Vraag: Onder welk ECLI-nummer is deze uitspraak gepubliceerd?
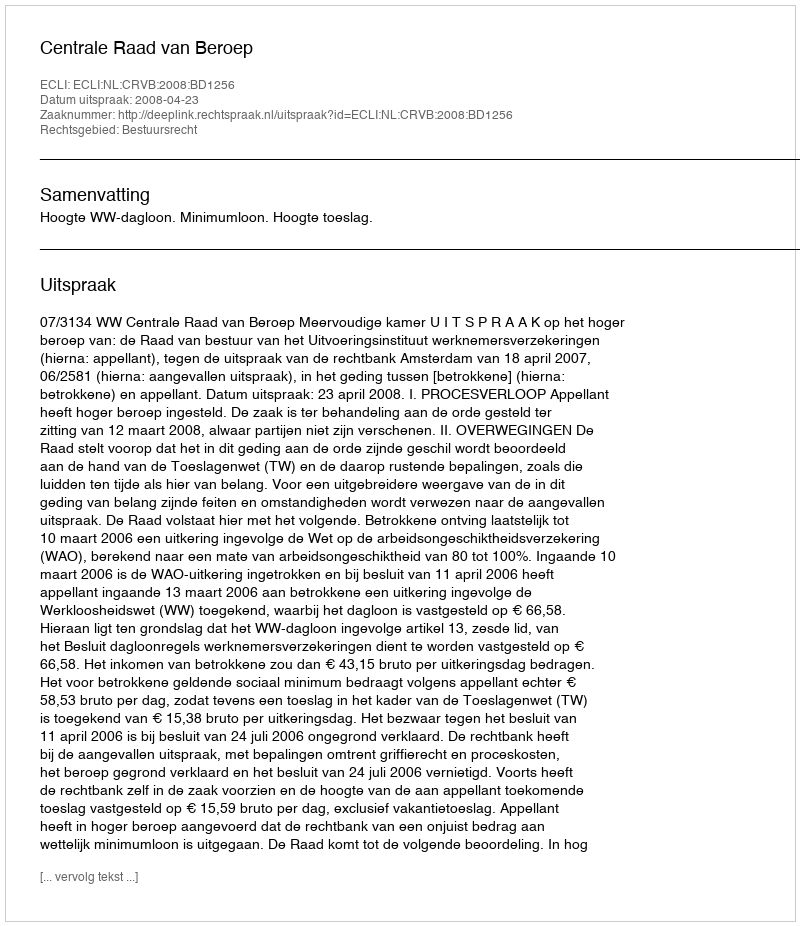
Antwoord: ECLI:NL:CRVB:2008:BD1256